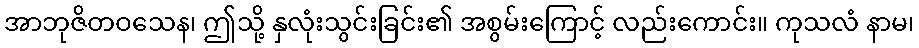
အာဘုဇိတဝသေန၊ ဤသို့ နှလုံးသွင်းခြင်း၏ အစွမ်းကြောင့် လည်းကောင်း။ ကုသလံ နာမ၊